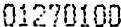
01270100